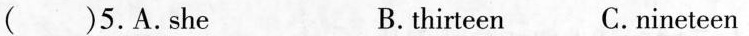
(）5.A.She B.thirteen C.nineteen